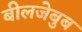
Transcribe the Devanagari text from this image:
बीलजेबुब